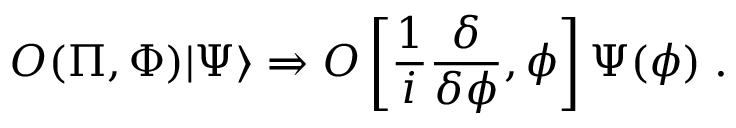
{ \cal O } ( \Pi , \Phi ) | \Psi \rangle \Rightarrow { \cal O } \left[ \frac { 1 } { i } \frac { \delta } { \delta \phi } , \phi \right] \Psi ( \phi ) \; .